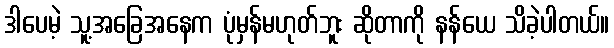
ဒါပေမဲ့ သူ့အခြေအနေက ပုံမှန်မဟုတ်ဘူး ဆိုတာကို နန်ယေ သိခဲ့ပါတယ်။